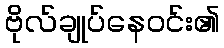
ဗိုလ်ချုပ်နေဝင်း၏